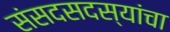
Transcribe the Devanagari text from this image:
संसदसदस्यांचा